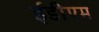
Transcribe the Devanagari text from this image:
ईडीएम